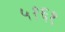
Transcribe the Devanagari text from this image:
५१६१